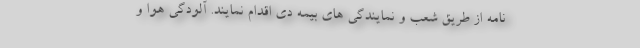
نامه از طریق شعب و نمایندگی های بیمه دی اقدام نمایند. آلودگی هوا و